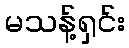
မသန့်ရှင်း